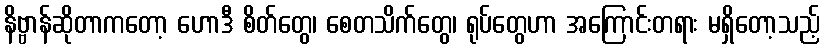
နိဗ္ဗာန်ဆိုတာကတော့ ဟောဒီ စိတ်တွေ၊ စေတသိက်တွေ၊ ရုပ်တွေဟာ အကြောင်းတရား မရှိတော့သည့်